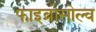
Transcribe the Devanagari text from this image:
फाइब्रोसोल्व